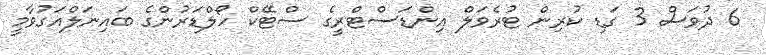
6 ދުވަސް 3 ގަޑި ކުރިން ޓުރެވަލް އިންޑަސްޓްރީގެ ސްޓޭކް ހޯލްޑަރުންގެ ބައިނަލްއަގުވާމީ